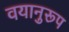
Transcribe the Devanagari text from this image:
वयानुरूप